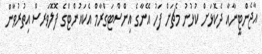
އާޖެންޓީނާއާ ދެކޮޅަށް ކުޅުނު މެޗަށް ފަހު އޭނާގެ އިންސްޓަގްރާމް އެކައުންޓްގެ ފޮލޮވަރސް އިތުރުވާން